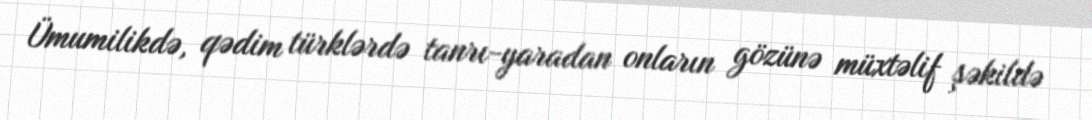
Ümumilikdə, qədim türklərdə tanrı-yaradan onların gözünə müxtəlif şəkildə